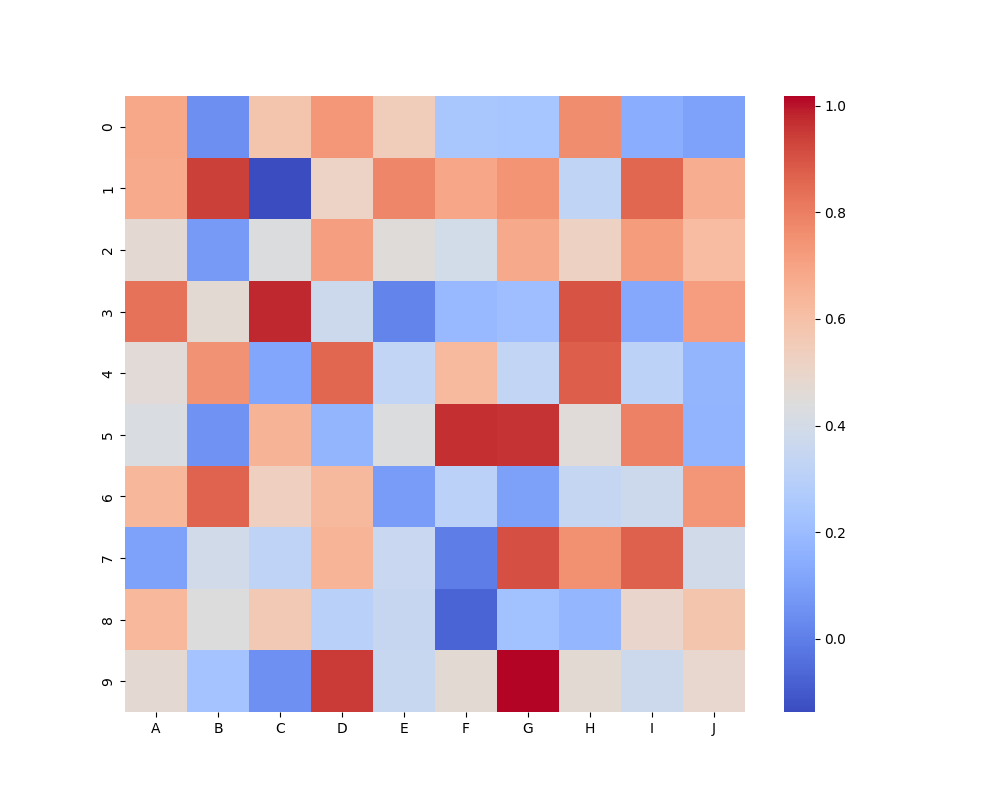
python, seaborn, heatmap, cmap='coolwarm', linewidths=0.0, center=none